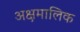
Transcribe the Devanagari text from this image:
अक्षमालिक